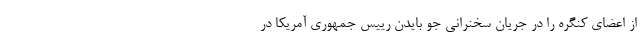
از اعضای کنگره را در جریان سخنرانی جو بایدن رییس جمهوری آمریکا در